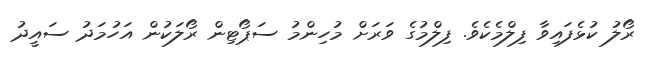
ރޯލު ކުޅެފައިވާ ފިލްމެކެވެ. ފިލްމުގެ ވަރަށް މުހިންމު ސަޕޯޓިން ރޯލަކުން އަހުމަދު ސައީދު